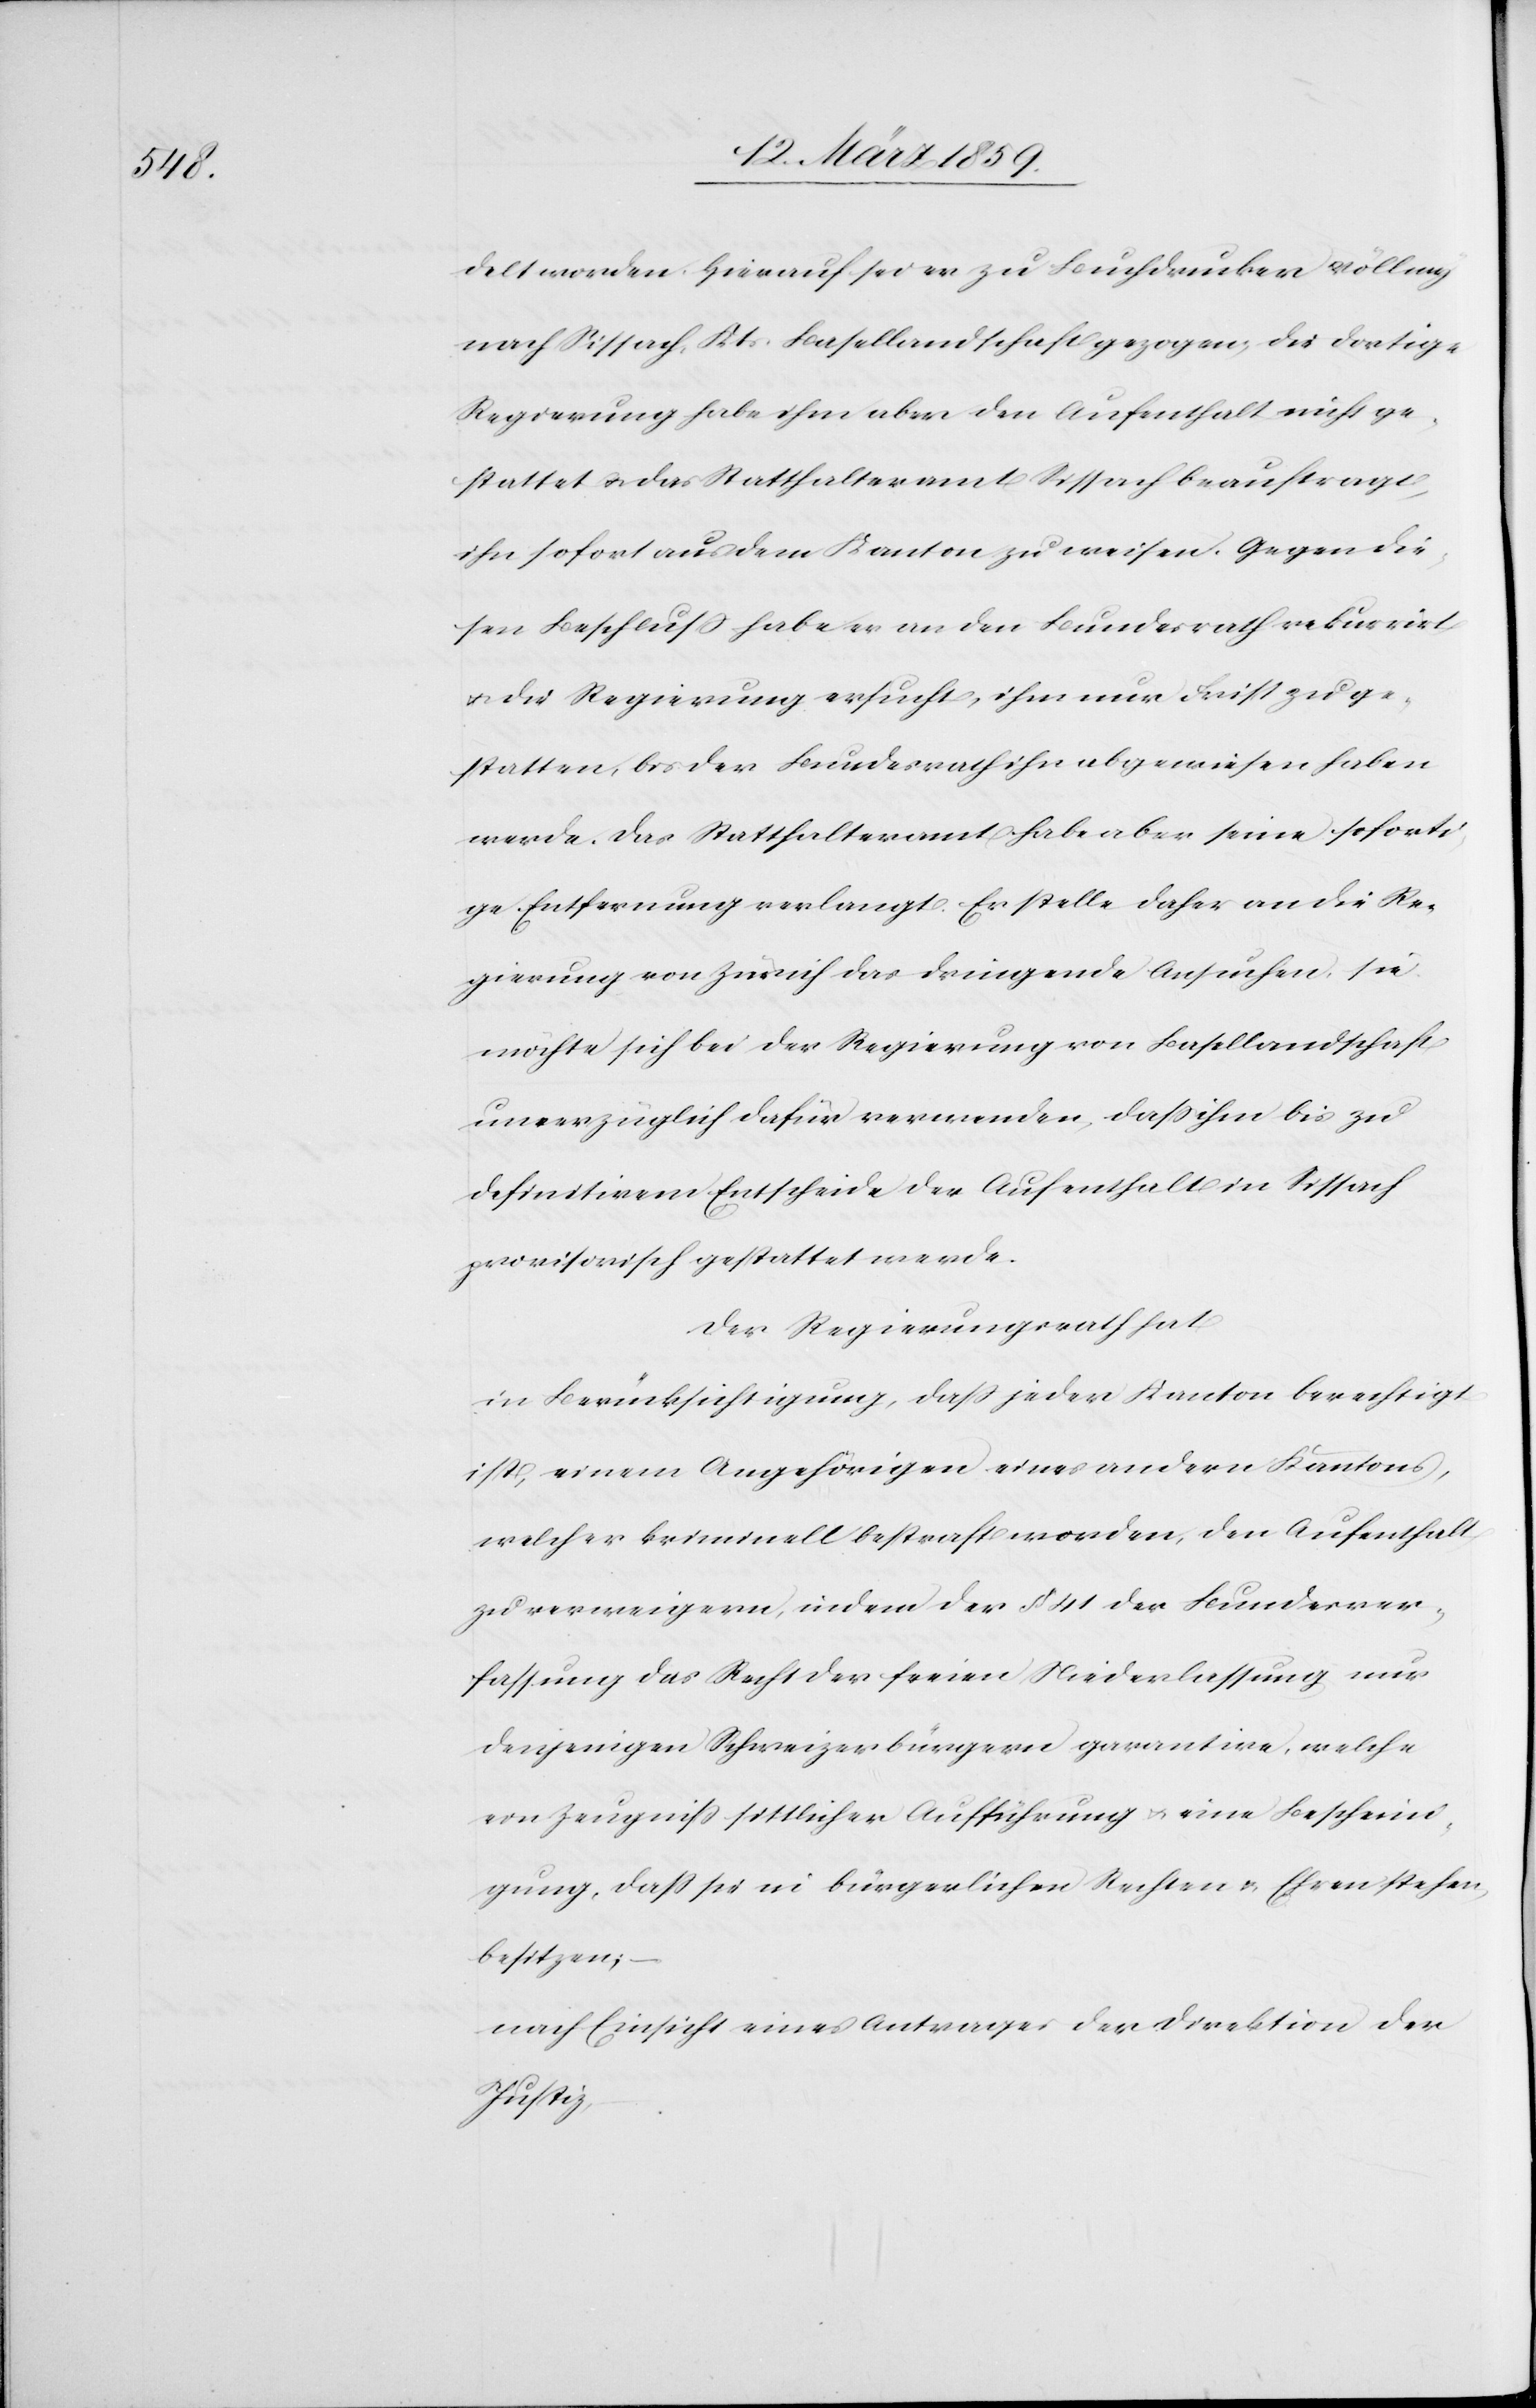
delt worden. Hierauf sei er zu Buchdrucker Völlmy
nach Sissach, Kts. Basellandschaft gezogen, die dortige
Regierung habe ihm aber den Aufenthalt nicht ge¬
stattet u. das Statthalteramt Sissach beauftragt,
ihn sofort aus dem Kanton zu weisen. Gegen die¬
sen Beschluß habe er an den Bundesrath rekurrirt
u. die Regierung ersucht, ihm nur Frist zu ge¬
statten, bis der Bundesrath ihn abgewiesen haben
werde. Das Statthalteramt habe aber seine soforti¬
ge Entfernung verlangt. Er stelle daher an die Re¬
gierung von Zürich das dringende Ansuchen, sie
möchte sich bei der Regierung von Basellandschaft
unverzüglich dafür verwenden, daß ihm bis zu
definitivem Entscheide der Aufenthalt in Sissach
provisorisch gestattet werde.
Der Regierungsrath hat
in Berücksichtigung, daß jeder Kanton berechtigt
ist, einem Angehörigen eines andern Kantons,
welcher kriminell bestraft worden, den Aufenthalt
zu verweigern, indem der § 41 der Bundesver¬
fassung das Recht der freien Niederlassung nur
denjenigen Schweizerbürgern garantire, welche
ein Zeugniß sittlicher Aufführung u. eine Bescheini¬
gung, daß sie in bürgerlichen Rechten u. Ehren stehen,
besitzen;
nach Einsicht eines Antrages der Direktion der
Justiz,